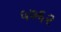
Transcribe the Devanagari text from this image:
५७६२